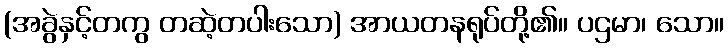
(အခွဲနှင့်တကွ တဆဲ့တပါးသော) အာယတနရုပ်တို့၏။ ပဌမာ၊ သော။